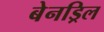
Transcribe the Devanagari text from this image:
बेनड्रिल